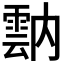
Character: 𩃠